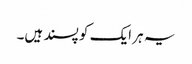
یہ ہر ایک کو پسند ہیں۔